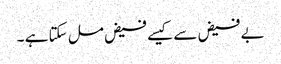
بے فیض سے کیسے فیض مل سکتا ہے ۔